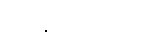
စစ်သားတွေက